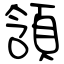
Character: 頷